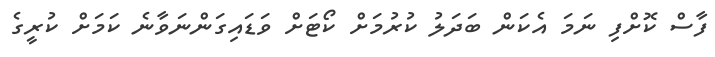
ފާސް ކޮށްފި ނަމަ އެކަން ބަދަލު ކުރުމަށް ކޯޓަށް ވަޑައިގަންނަވާނެ ކަމަށް ކުރީގެ